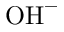
\mathrm { O H } ^ { - }